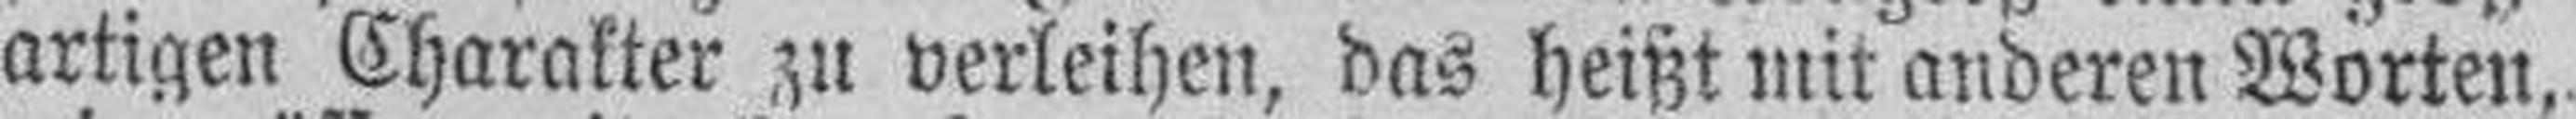
artigen Charakter zu verleihen, das heißt mir anderen Worten,